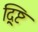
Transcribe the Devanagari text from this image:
द्र्ष्टि